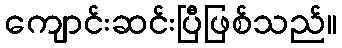
ကျောင်းဆင်းပြီဖြစ်သည်။